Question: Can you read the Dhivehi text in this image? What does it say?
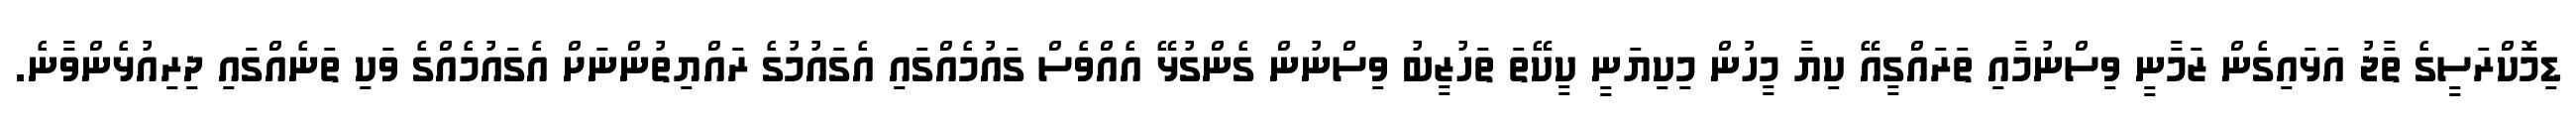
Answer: ޑިމޮކްރަސީގެ ތާޖު އަޅައިގެން ޒަމާނީ ވިސްނުމާއި ތަރައްގީއޭ ކިޔާ މީހުން މިކިޔަނީ ކީކޭތަ ތަހުޒީބު ވިސްނުން ގެންގުޅޭ އެއްވެސް ގައުމެއްގައި އެގައުމުގެ ރައްޔިތުންނަށް އެގައުމެއްގެ ވަކި ތަނެއްގައި ދިރިއުޅެންވާނެ.